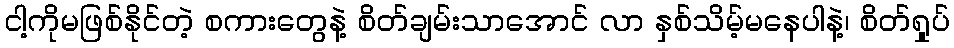
ငါ့ကိုမဖြစ်နိုင်တဲ့ စကားတွေနဲ့ စိတ်ချမ်းသာအောင် လာ နှစ်သိမ့်မနေပါနဲ့၊ စိတ်ရှုပ်